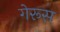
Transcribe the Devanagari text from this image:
गेरूस